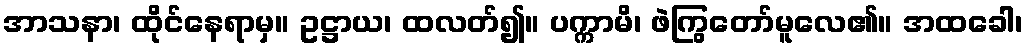
အာသနာ၊ ထိုင်နေရာမှ။ ဥဋ္ဌာယ၊ ထလတ်၍။ ပက္ကာမိ၊ ဖဲကြွတော်မူလေ၏။ အထခေါ၊